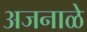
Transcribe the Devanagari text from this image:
अजनाळे